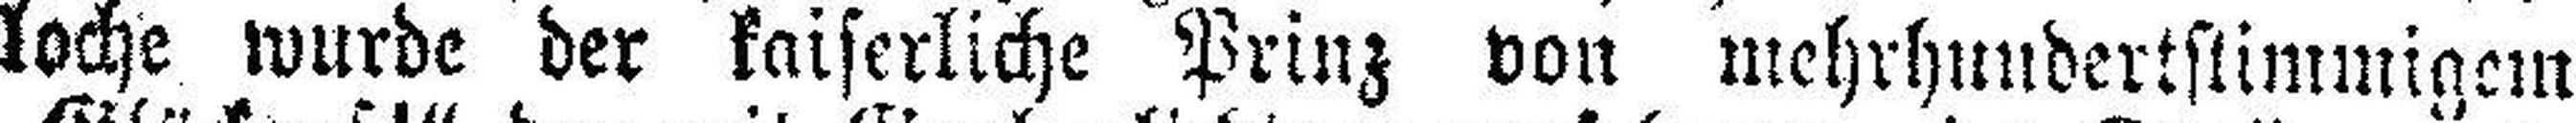
loche wurde der kaiserliche Prinz von mehrhundertstimmigem